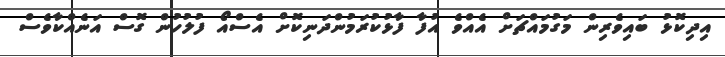
އިދިކޮޅު ބައިވެރިން މަގުމައްޗަށް އެއްވެ އުފާ ފާޅުކުރަމުންދަނިކޮށް އެސްއޯ ފުލުހުން ގޮސް އަނެއްކާވެސް